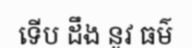
ទើប ដឹង នូវ ធម៌